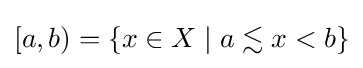
[a,b)=\{x\in X\mid a\lesssim x<b\}